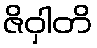
ဇိဝှါတိ